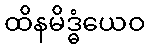
ထိနမိဒ္ဓံယေဝ